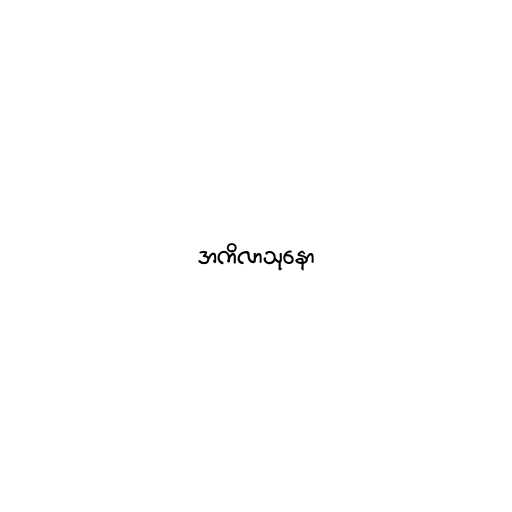
အကိလာသုနော